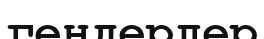
гендерлер